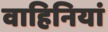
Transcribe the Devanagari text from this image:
वाहिनियां